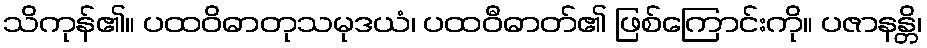
သိကုန်၏။ ပထဝိဓာတုသမုဒယံ၊ ပထဝီဓာတ်၏ ဖြစ်ကြောင်းကို။ ပဇာနန္တိ၊